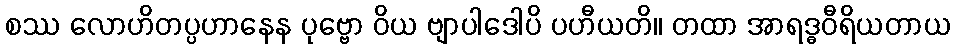
စဿ လောဟိတပ္ပဟာနေန ပုဗ္ဗော ဝိယ ဗျာပါဒေါပိ ပဟီယတိ။ တထာ အာရဒ္ဓဝီရိယတာယ